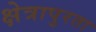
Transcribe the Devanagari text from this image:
क्षेत्रापुरता